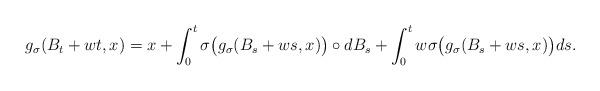
LaTeX: \begin{align*}g_\sigma(B_t+wt,x)=x+\int_0^t \sigma\big( g_\sigma(B_s+ws,x) \big)\circ dB_s+\int_0^t w\sigma\big( g_\sigma(B_s+ws,x) \big)ds.\end{align*}